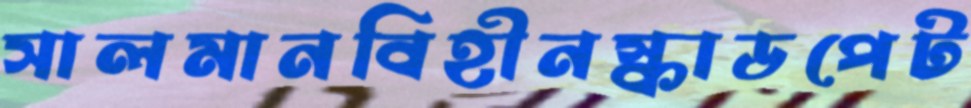
সালমানবিহীনস্কাডপেট